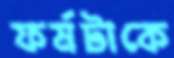
ফর্মটাকে